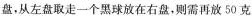
盘，从左盘取走一个黑球放在右盘，则需再放50克